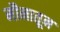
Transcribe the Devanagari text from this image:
मौनातून